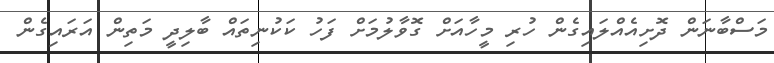
މަސްބާނަން ދޮށިއެއްލައިގެން ހުރި މީހާއަށް ގޮވާލުމަށް ފަހު ކަކުނިތައް ބާލިދީ މަތިން އަރައިގެން